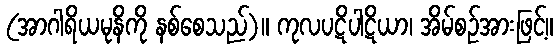
(အာဂါရိယမုနိကို နစ်စေသည်)။ ကုလပဋိပါဋိယာ၊ အိမ်စဉ်အားဖြင့်။